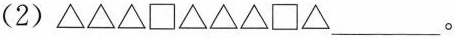
（2）\bigtriangleup \bigtriangleup \bigtriangleup \Box \bigtriangleup \bigtriangleup \bigtriangleup \Box \bigtriangleup___。